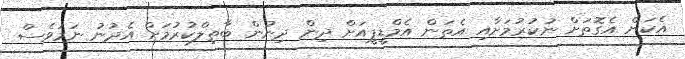
އެކަން އެގޮތަށް ނުކުރުމަށާއި އެތަން އެމްޑީޕީއަށް ދިން ދިނުން ބާތިލްކުރުމަށް އެދުނު ނަމަވެސް